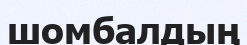
шомбалдың